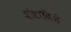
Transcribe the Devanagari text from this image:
बोटानिशे